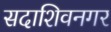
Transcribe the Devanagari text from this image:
सदाशिवनगर